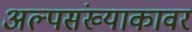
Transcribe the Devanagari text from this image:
अल्पसंख्याकावर